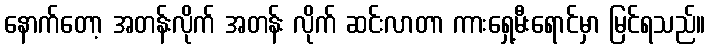
နောက်တော့ အတန်းလိုက် အတန်း လိုက် ဆင်းလာတာ ကားရှေ့မီးရောင်မှာ မြင်ရသည်။